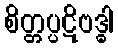
စိတ္တပ္ပဋိဗဒ္ဓါ